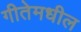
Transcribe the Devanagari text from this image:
गीतेमधील